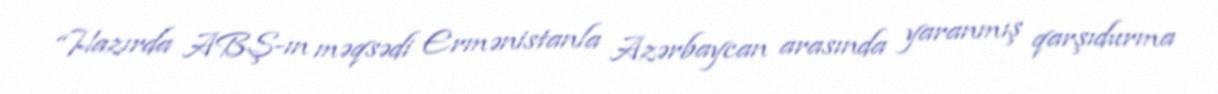
“Hazırda ABŞ-ın məqsədi Ermənistanla Azərbaycan arasında yaranmış qarşıdurma